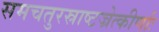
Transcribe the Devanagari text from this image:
समचतुरस्राष्टज्रेत्कीर्णाः